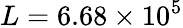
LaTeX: L=6.68\times 10^{5}